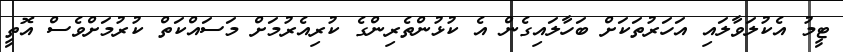
ޓީމު އެކުލަވާލައި އަހަރުތަކަށް ބަހާލައިގެން އެ ކުޅުންތެރިންގެ ކުރިއެރުމަށް މަސައްކަތް ކުރުމަށްވެސް އޮތީ